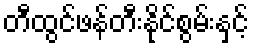
တီထွင်ဖန်တီးနိုင်စွမ်းနှင့်